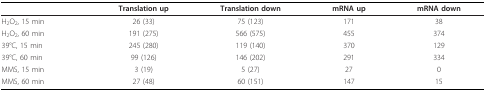
|  | Translation up | Translation down | mRNA up | mRNA down |
 | --- | --- | --- | --- | --- |
 | H2O2, 15 min | 26 (33) | 75 (123) | 171 | 38 |
 | H2O2, 60 min | 191 (275) | 566 (575) | 455 | 374 |
 | 39°C, 15 min | 245 (280) | 119 (140) | 370 | 129 |
 | 39°C, 60 min | 99 (126) | 146 (202) | 291 | 334 |
 | MMS, 15 min | 3 (19) | 5 (27) | 27 | 0 |
 | MMS, 60 min | 27 (48) | 60 (151) | 147 | 15 |